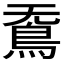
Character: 𮬫